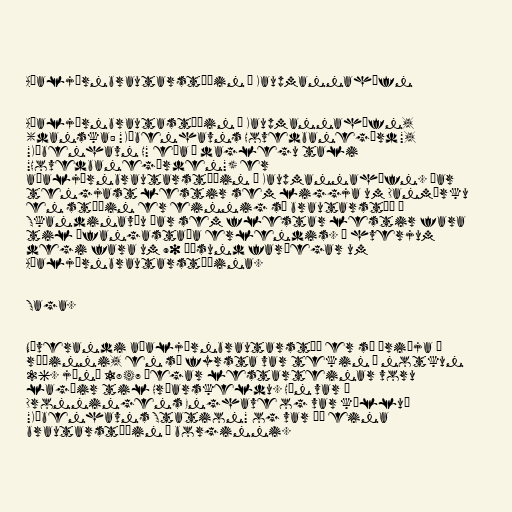
Aðaljárnbrautarstöðin í Kaupmannahöfn

Aðaljárnbrautastöðin í Kaupmannahöfn,
(danska: "Københavns Hovedbanegård",
"København H" eða í daglegu tali
"Hovedbanegården") er
aðaljárnbrautarstöðin í Kaupmannahöfn. Þar
tengjast lestir sem liggja um Danmörku
en stöðin er einnig sú brautarstöð í
Skandinavíu þar sem flestar lestir fara
til áfangastaða erlendis. Á hverjum
degi fara um 90 þúsund farþegar um
Aðaljárnbrautarstöðina.

Saga.

Núverandi aðaljárnbrautarstöð er sú þriðja í
röðinni, en sú fyrsta var tekin í notkun
26. júní 1847 þegar lestarteinar voru
lagðir til Hróarskeldu. Hún var í
Dronningens Enghave og var kölluð
"Københavns Station" og var þá eina
brautarstöðin í borginni.